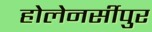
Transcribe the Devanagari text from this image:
होलेनर्सीपुर